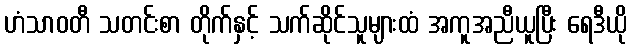
ဟံသာဝတီ သတင်းစာ တိုက်နှင့် သက်ဆိုင်သူများထံ အကူအညီယူပြီး ရေဒီယို